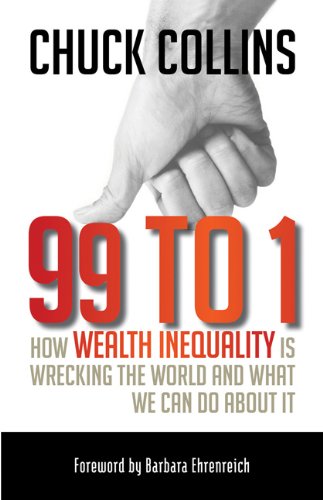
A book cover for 99 to 1: How Wealth Inequality Is Wrecking the World and What We Can Do about It; Chuck Collins; Business & Money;